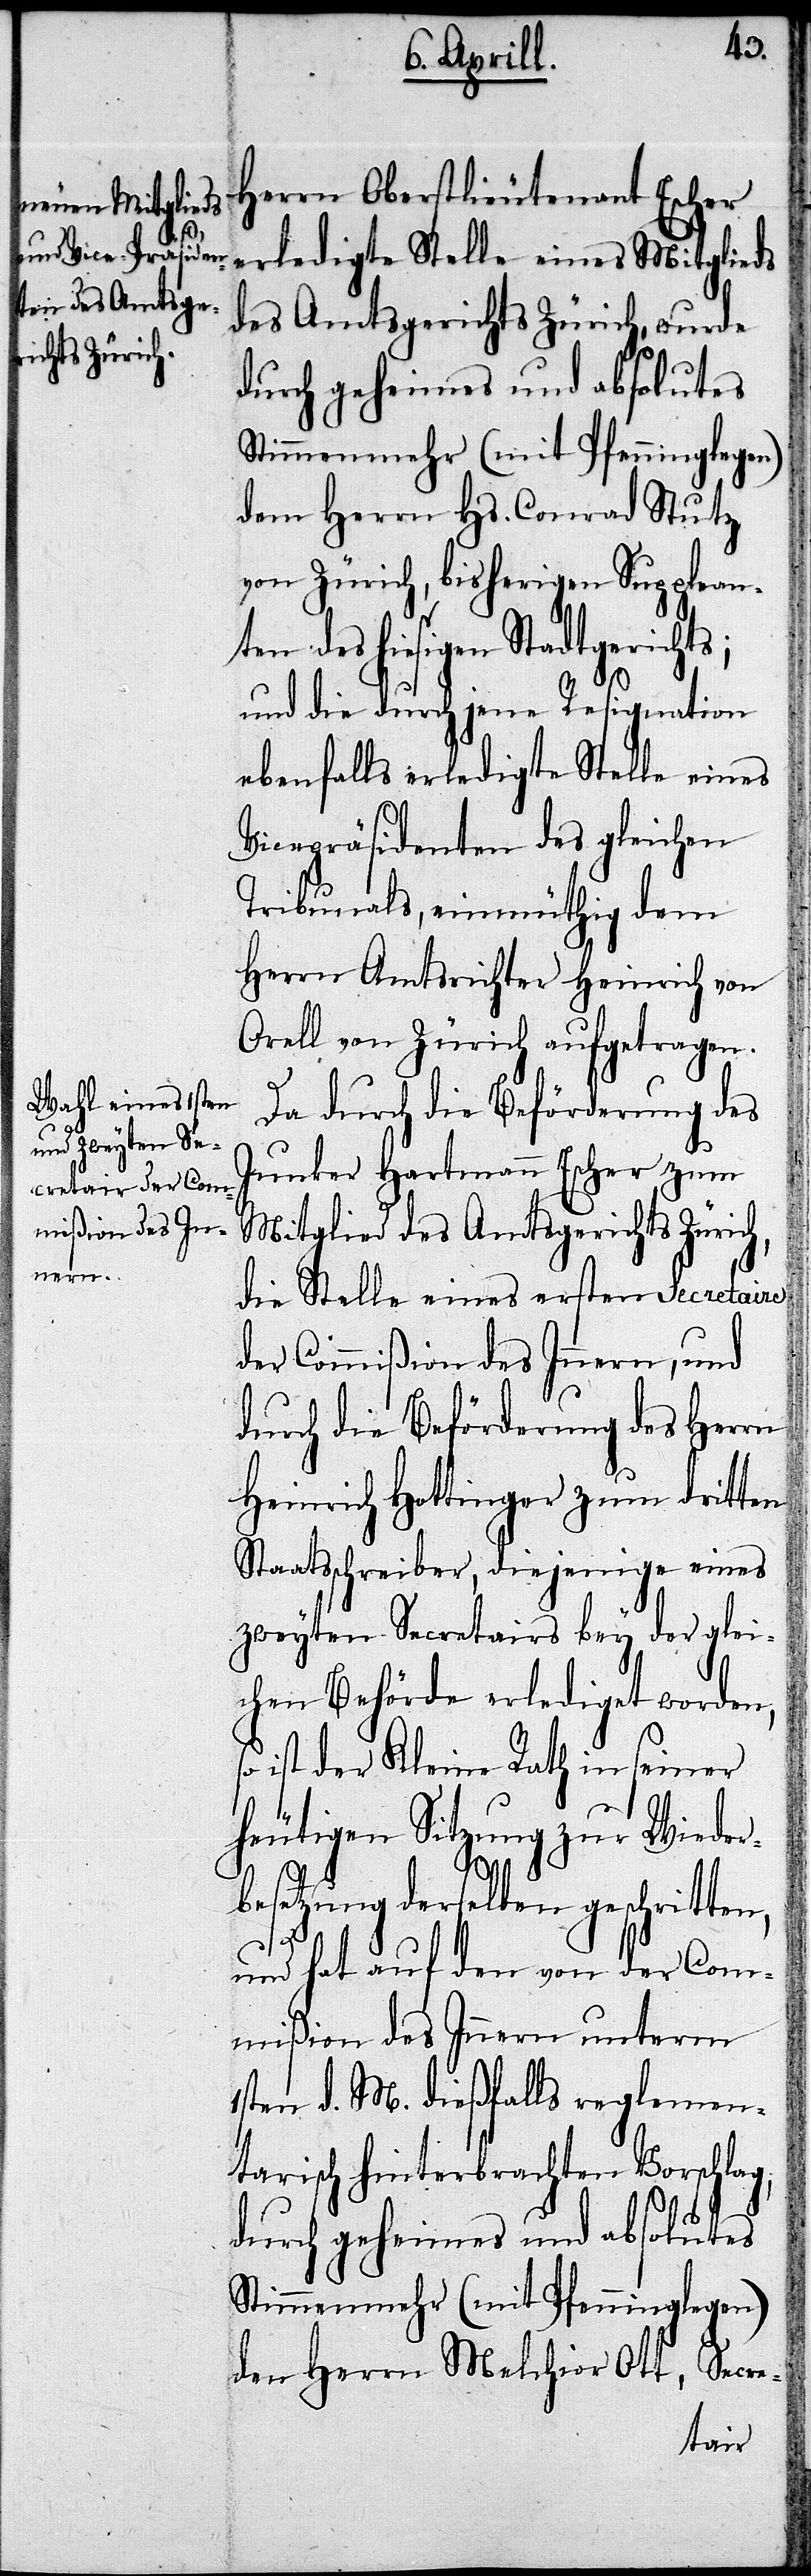
h,

Herrn Oberstlieutenant Escher
erledigte Stelle eines Mitglieds
des Amtsgerichts Zürich, wurde
dem Herrn Hs. Conrad Stutz
von Zürich, bisherigen Supplean¬
ten des hiesigen Stadtgerichts;
und die durch jene Resignation
ebenfalls erledigte Stelle eines
Vicepräsidenten des gleichen
Tribunals, einmüthig dem
Herrn Amtsrichter Heinrich von
Orell von Zürich aufgetragen.
Da durch die Beförderung des
Junker Hartmann Escher zum
Mitglied des Amtsgerichts Züric¬
die Stelle eines Secretaire
der Commißion des Innern, und
durch die Beförderung des Herrn
Heinrich Hottinger zum dritten
Staatsschreiber, diejenige eines
zweyten Secretairs bey der glei¬
chen Behörde erlediget worden,
ist der Kleine Rath in seiner
heutigen Sitzung zu Wieder¬
besetzung derselben geschritten,
und hat auf den von der Com¬
mißion des Innern unterm
1sten d. M. dießfalls reglemen¬
tarisch hinterbrachten Vorschlag,
durch geheimes und absolutes
Simmenmehr (mit Pfenninglegen)
den Herrn Melchior Ott, Secre-